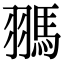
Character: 𩢳